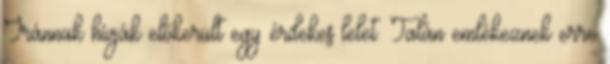
Iránnak hívják előkerült egy érdekes lelet. Talán emlékeznek erre